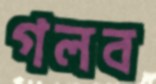
গলব